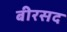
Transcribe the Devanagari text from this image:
बीरसद